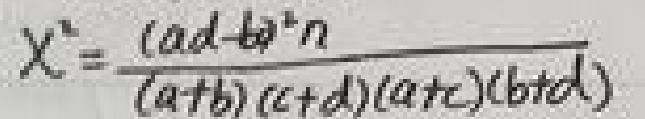
\[ \chi^{2}=\frac{(ad - bc)^{2}n}{(a + b)(c + d)(a + c)(b + d)} \]